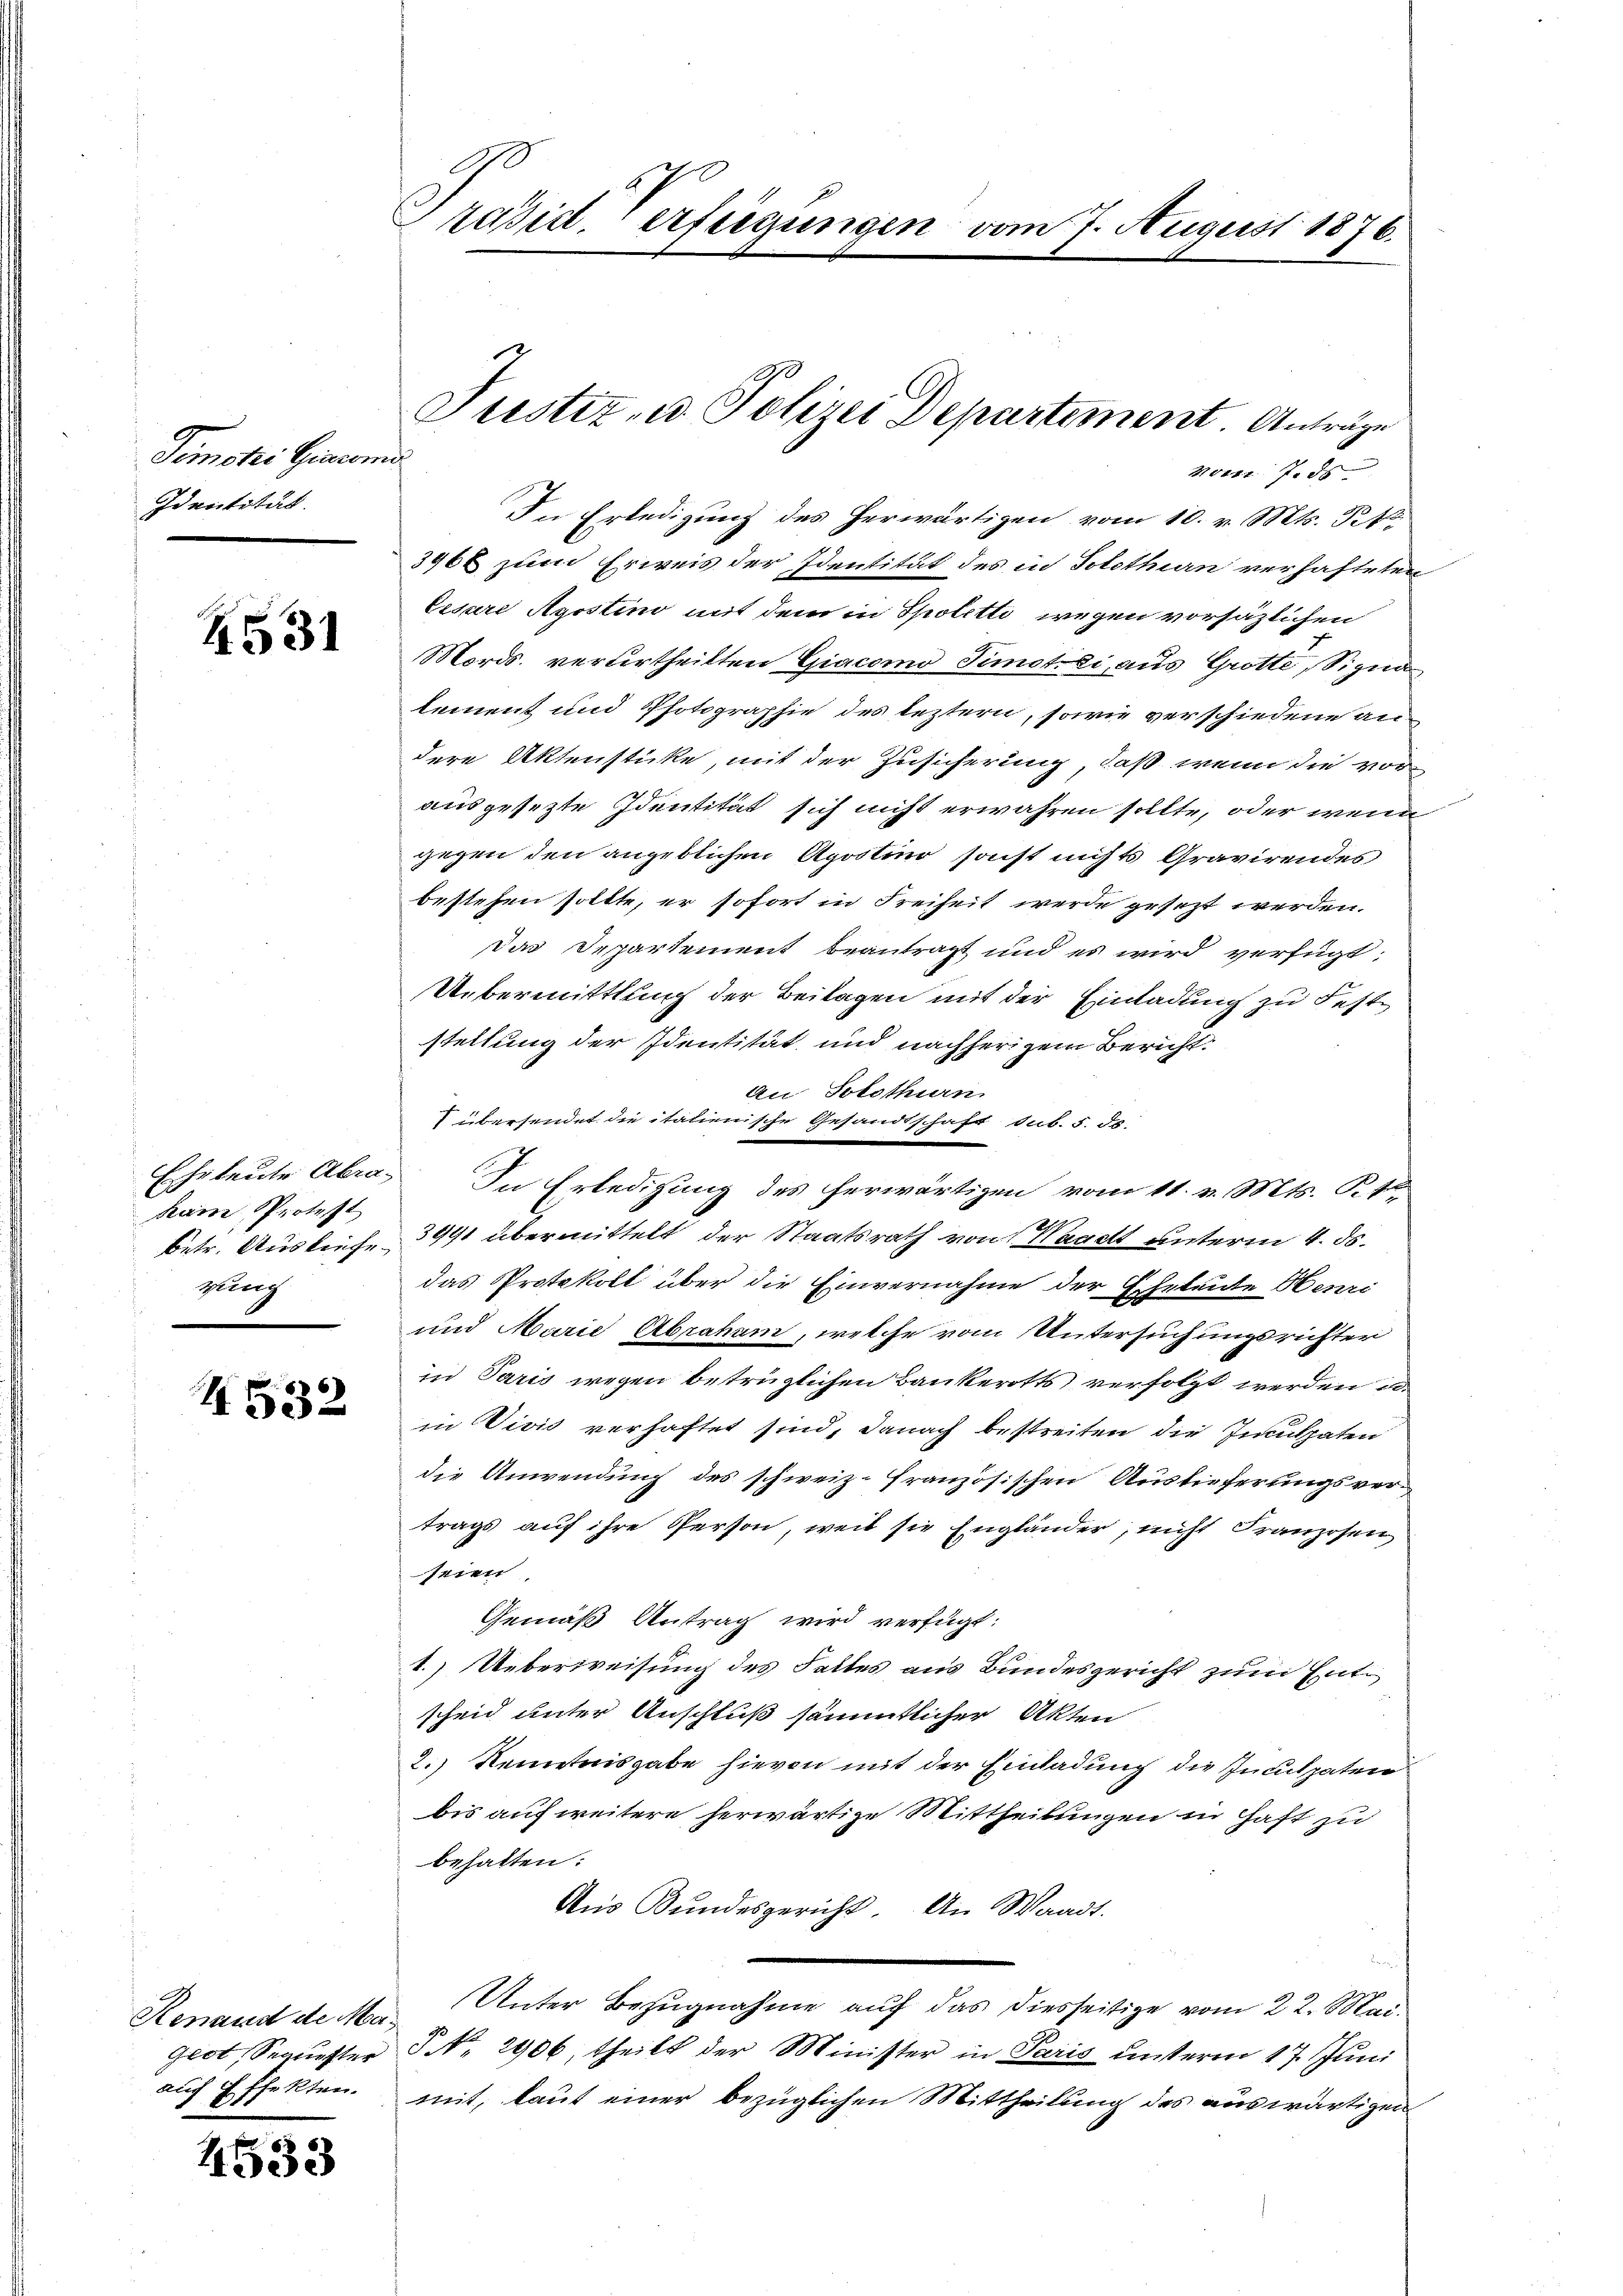
Temcki Gincerne
Identität.

Z531

Eheleute Abrakain Protest
betr. Auslieferung

1532

auch Effekten.

4533

Präsiderfeigungen vom 7. August 1876.

In Erledigung des herwärtigen vom 10. v. Mts. Pitt
3968 zum Erweis der Identität des in Solothurn verhafteten
Eisare Apostino mit dem in Spoletti wegen vorsäzlichen
Mörds. verurtheilten Giacomo Timotli, aus Grotte, Signa
lement und Photographie des leztern, sowie verschiedene andere Aktenstücke, mit der Zusicherung, daß wenn die vorausgesetzte Identität sich nicht erwahren sollte, oder wenn
gegen den angeblichen Apootino sonst nichts Gravirendes
bestehen sollte, er sofort in Freiheit werde gesezt werden.
dar Departement beantragt und es wird verfügt:
Uebermittlung der Beilagen mit der Einladung zu Feststellung der Identität und nachherigem Bericht:
An Solothurn
übersendet die italienische Gesandtschaft sub. 5. ds.
In Erledigung des herwärtigen vom 11. v. Mts. St
3991 übermittelt der Staatsrath von Waadt unterm 4. ds.
das Protokoll über die Einvernahme der Eheleute Henri
und Marie Abraham, welche vom Untersuchungsrichter
in Paris wegen betrüglichen Bankerotts verfolgt werden i
in Vivić verhaftet sind, danach bestreiten die Inculpaten
die Anwendung des schweiz. Französischen Auslieferungsvertrags auf ihre Person, weil sie Engländer, nicht Franzosen
seien
Gemäß Antrag wird verfügt:
1.) Ueberweisung des Falles aus Bundesgericht zum Entscheid unter Anschluß sämmtlicher Akten
2.) Kenntnisgabe hievon mit der Einladung die Inculpaten
bis auf weitere herwärtige Mittheilungen in Haft zu
behalten:
Aus Bundesgericht. An Waadt.
nd
Renaud de Ma. Unter Bezugnahme auf das diesseitige vom 22. Mai.
geot, Sequester P. Nr. 2906, theilt der Minister in Paris ŭnterm 17. Juni
mit, laut einer bezüglichen Mittheilung des auswärtigen

Justiz- u. Polizei Departement. Anträge
Noter 7. ds